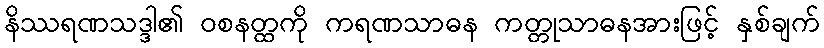
နိဿရဏသဒ္ဒါ၏ ဝစနတ္ထကို ကရဏသာဓန ကတ္တုသာဓနအားဖြင့် နှစ်ချက်